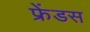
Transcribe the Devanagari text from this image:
फ्रेंडस